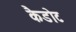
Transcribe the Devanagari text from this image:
कैडोट